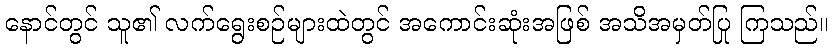
နောင်တွင် သူ၏ လက်ရွေးစဉ်များထဲတွင် အကောင်းဆုံးအဖြစ် အသိအမှတ်ပြု ကြသည်။